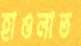
হাওলাত